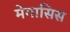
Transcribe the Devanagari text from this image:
मेगासिस